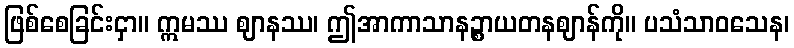
ဖြစ်စေခြင်းငှာ။ ဣမဿ ဈာနဿ၊ ဤအာကာသာနဉ္စာယတနဈာန်ကို။ ပသံသာဝသေန၊